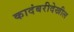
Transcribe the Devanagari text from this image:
कादंबरीदेखील